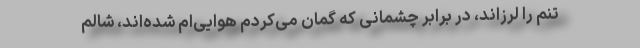
تنم را لرزاند، در برابر چشمانی که گمان می‌کردم هوایی‌ام شده‌اند، شالم